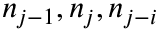
n _ { j - 1 } , n _ { j } , n _ { j - i }